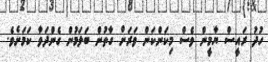
ހުދު ރައީސް ޔާމީން ވެސް މިކަންކަން ވަރަށް ގާތުން ބަލަމުން ގެންދަވާ ކަމަށެވެ.